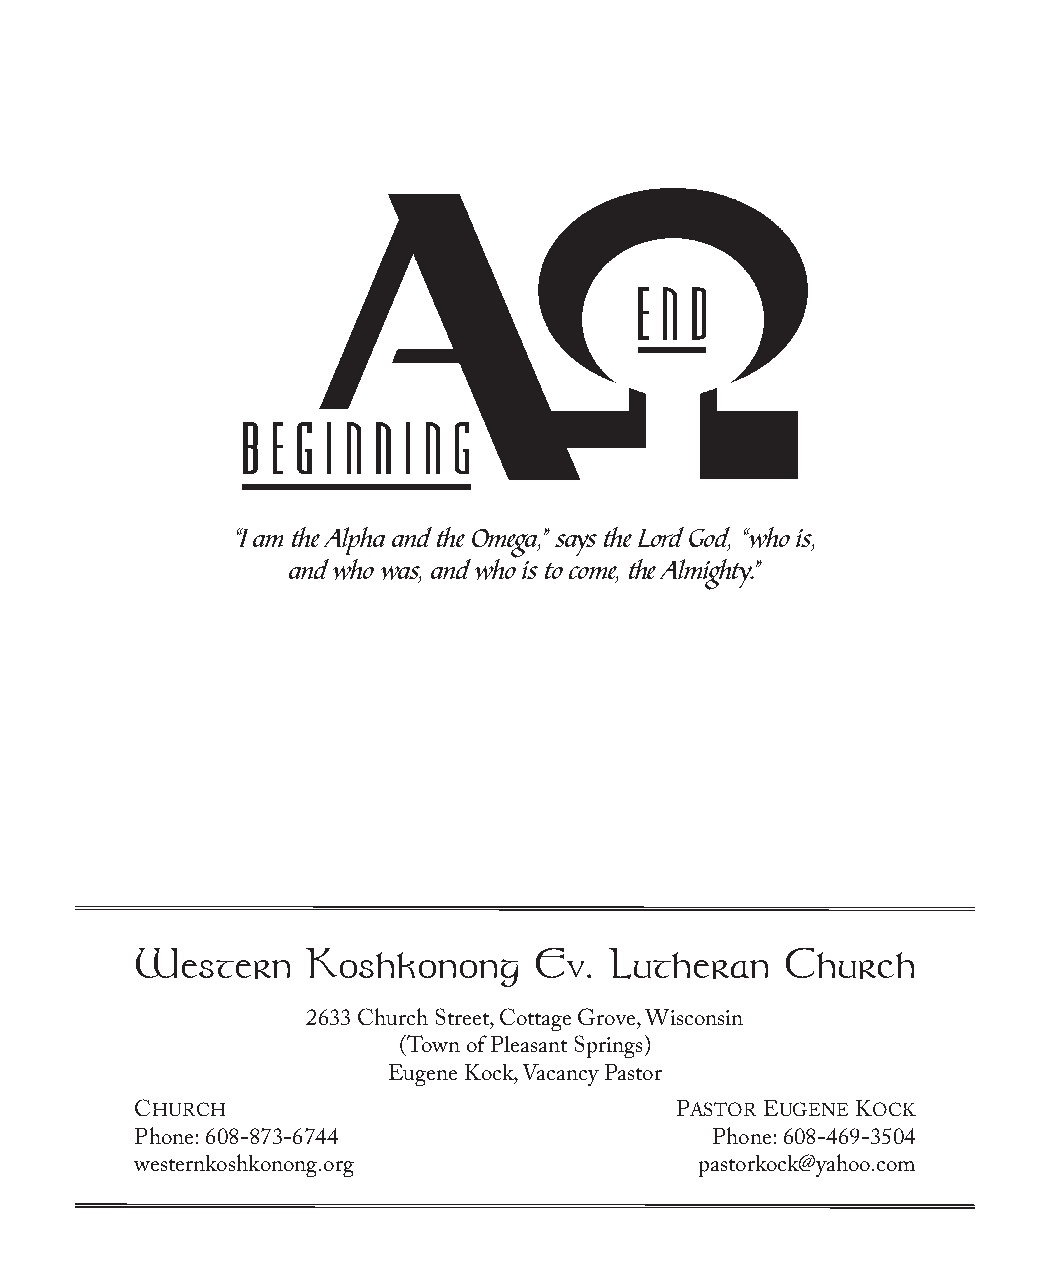
“I am the Alpha and the Omega,” says the Lord God, “who is,
 and who was, and who is to come, the Almighty.”
 Western    Koshkonong     Ev.  Lutheran    Church
 2633 Church Street, Cottage Grove, Wisconsin
 (Town of Pleasant Springs)
 Eugene Kock, Vacancy Pastor
 CHURCH                              PASTOR EUGENE KOCK
 Phone: 608-873-6744                   Phone: 608-469-3504
 westernkoshkonong.org                pastorkock@yahoo.com